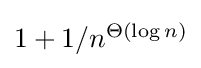
{\textstyle 1+1/n^{\Theta (\log n)}}